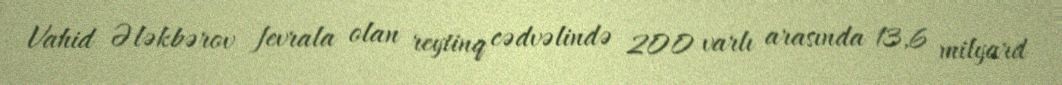
Vahid Ələkbərov fevrala olan reytinq cədvəlində 200 varlı arasında 13,6 milyard